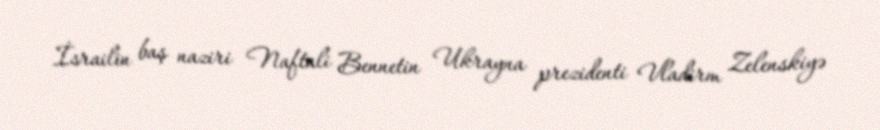
İsrailin baş naziri Naftali Bennetin Ukrayna prezidenti Vladirm Zelenskiyə